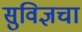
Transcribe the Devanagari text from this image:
सुविज्ञचा